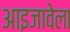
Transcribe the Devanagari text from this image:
आइजावेला